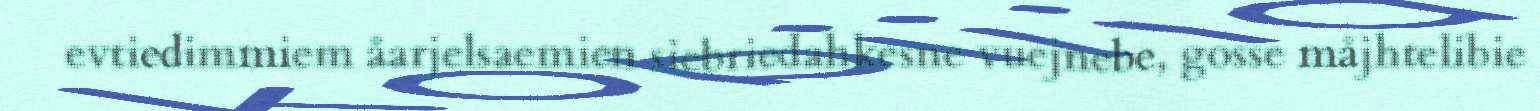
evtiedimmiem åarjelsaemien siebriedahkesne vuejnebe, gosse måjhtelibie